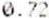
0.72